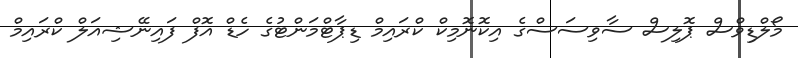
މޯލްޑިވްސް ޕޮލިސް ސާވިސަސްގެ އިކޮނޮމިކް ކްރައިމް ޑިޕާޓްމަންޓުގެ ހެޑް އޮފް ފައިނޭޝިއަލް ކްރައިމް